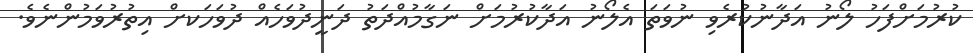
ކުރުމަށްފަހު ލޯނު އަދާނުކުރެވި ނުވަތަ އެލޯނު އަދާކުރުމަށް ނަގާމުއްދަތު ދަނީދުވަހެއް ދުވަހަކށް އިތުރުވަމުންނެވެ.